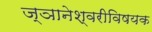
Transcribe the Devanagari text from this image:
ज्ञानेश्वरीविषयक